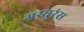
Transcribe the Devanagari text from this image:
अस्युरंस